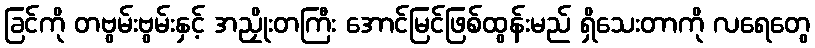
ခြင်ကို တဗွမ်းဗွမ်းနှင့် အညှိုးတကြီး အောင်မြင်ဖြစ်ထွန်းမည် ရှိသေးတာကို လရေတွေ